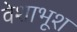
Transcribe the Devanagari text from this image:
वेशाभूश